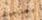
يحتاجونه